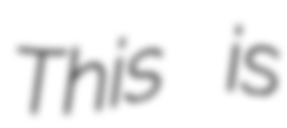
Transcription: This is